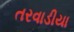
તરવાડીયા